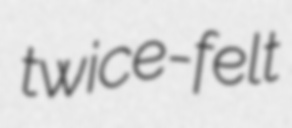
twice-felt